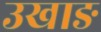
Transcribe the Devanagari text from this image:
उखाङ